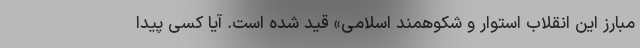
مبارز این انقلاب استوار و شکوهمند اسلامی» قید شده است. آیا کسی پیدا